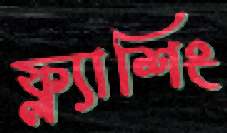
ফ্ল্যাশিং